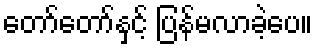
တော်တော်နှင့် ပြန်မလာခဲ့ပေ။